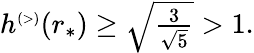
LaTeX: \begin{array}{r}{h^{\scriptscriptstyle(>)}(r_{*})\ge\sqrt{\frac{3}{\sqrt{5}}}>1.}\end{array}